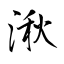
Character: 湫